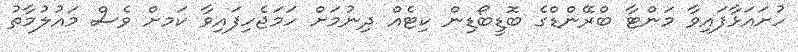
ހުށައަޅާފައިވާ މަންޓާ ބްރޭންޑްގެ ބޮޑީބޯޑިން ކިޓެއް ދިނުމަށް ހަމަޖެހިފައިވާ ކަމށް ވެސް މައުލުމާތު